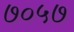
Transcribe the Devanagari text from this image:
७०५७